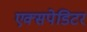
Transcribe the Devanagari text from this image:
एक्सपेडिटर